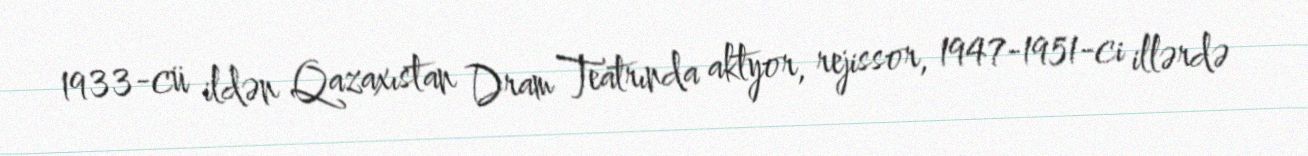
1933-cü ildən Qazaxıstan Dram Teatrında aktyor, rejissor, 1947-1951-ci illərdə